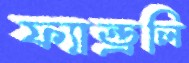
ফ্যান্ড্রলি